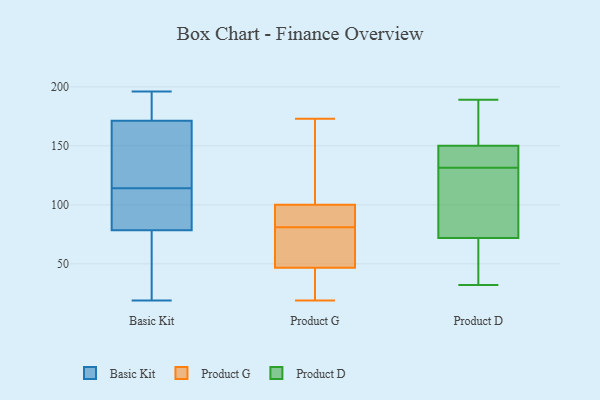
{"axis": {"x": "Revenue (USD Million)", "y": "Value"}, "legend": ["Basic Kit", "Product D", "Product G"], "data": [{"x": "", "y": 185, "type": "Basic Kit"}, {"x": "", "y": 114, "type": "Basic Kit"}, {"x": "", "y": 74, "type": "Basic Kit"}, {"x": "", "y": 127, "type": "Basic Kit"}, {"x": "", "y": 151, "type": "Basic Kit"}, {"x": "", "y": 92, "type": "Basic Kit"}, {"x": "", "y": 63, "type": "Basic Kit"}, {"x": "", "y": 19, "type": "Basic Kit"}, {"x": "", "y": 96, "type": "Basic Kit"}, {"x": "", "y": 178, "type": "Basic Kit"}, {"x": "", "y": 196, "type": "Basic Kit"}, {"x": "", "y": 88, "type": "Product G"}, {"x": "", "y": 69, "type": "Product G"}, {"x": "", "y": 81, "type": "Product G"}, {"x": "", "y": 52, "type": "Product G"}, {"x": "", "y": 173, "type": "Product G"}, {"x": "", "y": 114, "type": "Product G"}, {"x": "", "y": 45, "type": "Product G"}, {"x": "", "y": 86, "type": "Product G"}, {"x": "", "y": 36, "type": "Product G"}, {"x": "", "y": 19, "type": "Product G"}, {"x": "", "y": 104, "type": "Product G"}, {"x": "", "y": 157, "type": "Product D"}, {"x": "", "y": 40, "type": "Product D"}, {"x": "", "y": 79, "type": "Product D"}, {"x": "", "y": 189, "type": "Product D"}, {"x": "", "y": 138, "type": "Product D"}, {"x": "", "y": 180, "type": "Product D"}, {"x": "", "y": 145, "type": "Product D"}, {"x": "", "y": 34, "type": "Product D"}, {"x": "", "y": 129, "type": "Product D"}, {"x": "", "y": 72, "type": "Product D"}, {"x": "", "y": 141, "type": "Product D"}, {"x": "", "y": 42, "type": "Product D"}, {"x": "", "y": 83, "type": "Product D"}, {"x": "", "y": 161, "type": "Product D"}, {"x": "", "y": 32, "type": "Product D"}, {"x": "", "y": 150, "type": "Product D"}, {"x": "", "y": 134, "type": "Product D"}, {"x": "", "y": 83, "type": "Product D"}]}